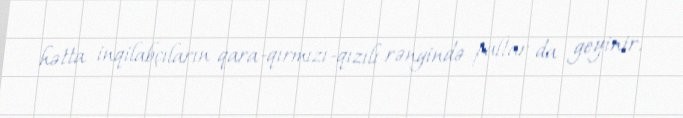
hətta inqilabçıların qara-qırmızı-qızılı rəngində paltar da geyinir.